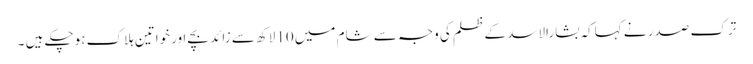
ترک صدر نے کہاکہ بشارالاسد کے ظلم کی وجہ سے شام میں 10لاکھ سے زائد بچے اورخواتین ہلاک ہوچکے ہیں ۔